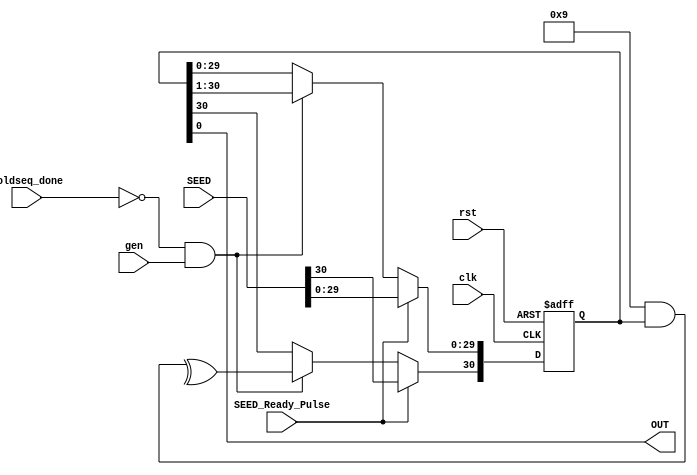
module LFSR #(parameter LFSR_WIDTH     = 5'd31 ,
                        XOR_POS        = 31'b0000_0000_0000_0000_0000_0000_0001_001) (
    output  wire            OUT,
    input   wire    [0:30]  SEED,
    input   wire            SEED_Ready_Pulse,    //LFSR start shifting
    input   wire            goldseq_done,                // Output from GoldSeqGen ; to stop shifting LFSR after generating the gold sequence to save power
    input   wire            gen,
    input   wire            clk,
    input   wire            rst
);

reg  [LFSR_WIDTH-1 :0]  LFSR;
wire                    feedback;

always @(posedge clk or negedge rst) begin
    if (!rst) begin
        LFSR <= 'd0;
    end
    else if (SEED_Ready_Pulse) begin
        LFSR <= SEED;
    end
    else if (!goldseq_done && (gen)) begin
        LFSR <= LFSR>>1;
        LFSR[LFSR_WIDTH -1] <= feedback;
    end
    
end




assign feedback = ^ ( XOR_POS & LFSR );
assign OUT      = LFSR[0];
    
endmodule